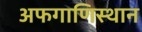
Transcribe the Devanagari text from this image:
अफगाणिस्थान